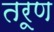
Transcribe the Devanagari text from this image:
तरूण